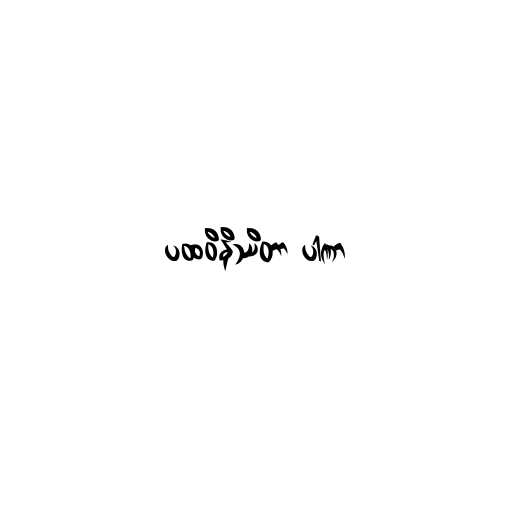
ပထဝိနိဿိတာ ပါဏာ